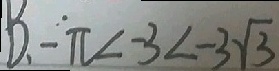
B . - \pi < - 3 < - 3 \sqrt { 3 }